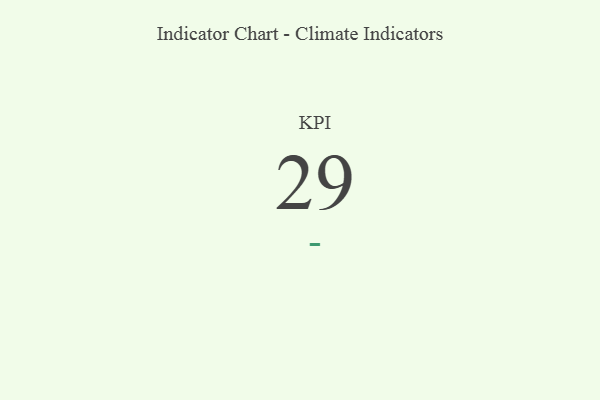
{"axis": {"x": "KPI", "y": "Value"}, "legend": [""], "data": [{"x": "KPI", "y": 29, "type": ""}]}